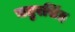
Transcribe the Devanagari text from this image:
चतुरसिंह